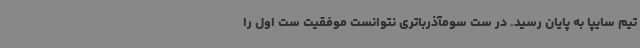
تیم سایپا به پایان رسید. در ست سومآذرباتری نتوانست موفقیت ست اول را